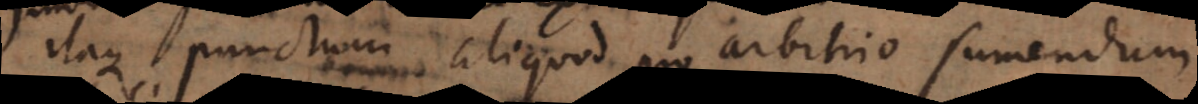
Itaque punctum aliquod pro arbitrio sumendum